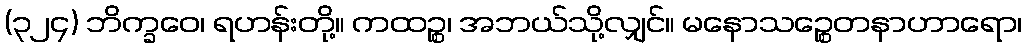
(၃၂၄) ဘိက္ခဝေ၊ ရဟန်းတို့။ ကထဉ္စ၊ အဘယ်သို့လျှင်။ မနောသဉ္စေတနာဟာရော၊